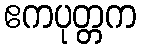
ဧကပုတ္တက